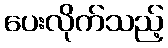
ပေးလိုက်သည့်